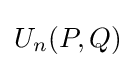
U_{n}(P,Q)